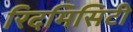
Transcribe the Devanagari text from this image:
रिदमिसिटी